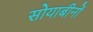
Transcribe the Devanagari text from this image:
सोयाबीनों